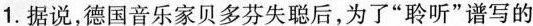
⒈. 据说，德国音乐家贝多芬失聪后，为了“聆听”谱写的